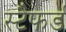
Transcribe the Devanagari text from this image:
स्टैफर्ड